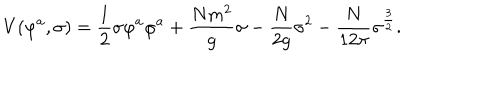
V ( \varphi ^ { a } , \sigma ) = { \frac { 1 } { 2 } } \sigma \varphi ^ { a } \varphi ^ { a } + { \frac { N m ^ { 2 } } { g } } \sigma - { \frac { N } { 2 g } } \sigma ^ { 2 } - { \frac { N } { 1 2 \pi } } \sigma ^ { \frac { 3 } { 2 } } .